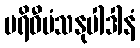
ပရိဝီမံသနုပါဒါနံ